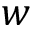
w